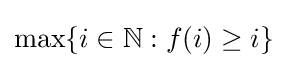
\max\{i\in \mathbb {N} :f(i)\geq i\}